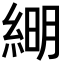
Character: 𦁠